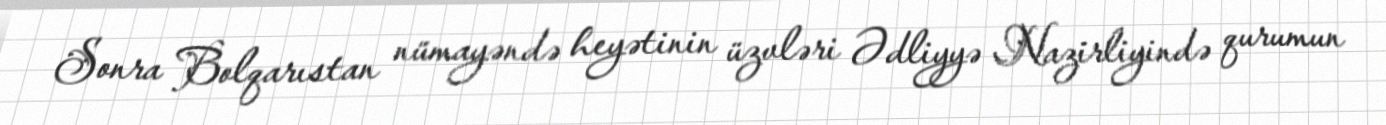
Sonra Bolqarıstan nümayəndə heyətinin üzvləri Ədliyyə Nazirliyində qurumun